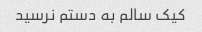
کیک سالم به دستم نرسید